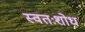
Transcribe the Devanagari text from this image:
स्वतःशोध